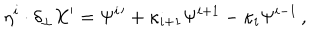
\eta ^ { i } \cdot \delta _ { \perp } X ^ { \prime } = \Psi ^ { i } { } ^ { \prime } + \kappa _ { i + 1 } \Psi ^ { i + 1 } - \kappa _ { i } \Psi ^ { i - 1 } \, ,